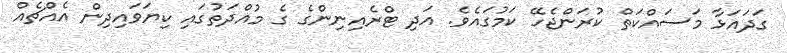
ގަދައަޅާ މަސައްކަތް ކުރަންޖެހޭ ކަމުގައެވެ. އަދި ޓްރެއިނިންގެ ގެ މުއްދަތުގައި ކިޔަވައިދިން އެއްޗެއް